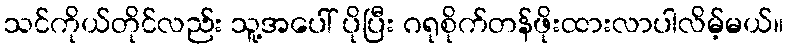
သင်ကိုယ်တိုင်လည်း သူ့အပေါ် ပိုပြီး ဂရုစိုက်တန်ဖိုးထားလာပါလိမ့်မယ်။